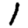
Digit: 1